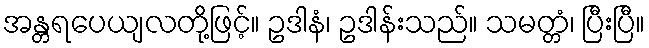
အန္တရပေယျလတို့ဖြင့်။ ဥဒါနံ၊ ဥဒါန်းသည်။ သမတ္တံ၊ ပြီးပြီ။